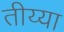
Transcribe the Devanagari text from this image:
तीय्या